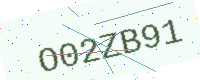
Text: O02ZB91